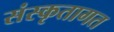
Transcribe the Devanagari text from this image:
संस्कृतागत